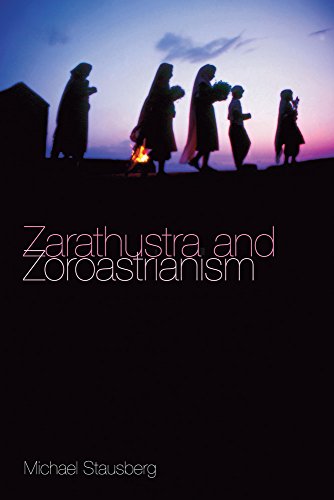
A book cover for Zarathustra and Zoroastrianism; Michael Stausberg; Religion & Spirituality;